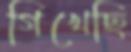
গিখেছি